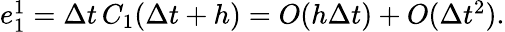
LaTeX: \begin{array}{r}{e_{1}^{1}=\Delta t\, C_{1}(\Delta t+h)=O(h\Delta t)+O(\Delta t^{2}).}\end{array}